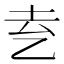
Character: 𬼝